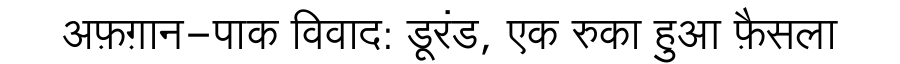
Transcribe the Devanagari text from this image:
अफ़ग़ान-पाक विवाद: डूरंड, एक रुका हुआ फ़ैसला